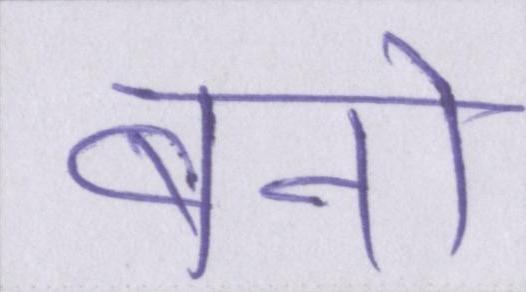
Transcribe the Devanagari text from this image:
बनो